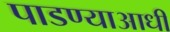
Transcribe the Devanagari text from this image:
पाडण्याआधी